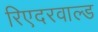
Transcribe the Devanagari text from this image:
रिएदरवाल्ड